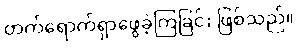
တက်ရောက်ရှာဖွေခဲ့ကြခြင်း ဖြစ်သည်။